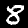
Label: 8